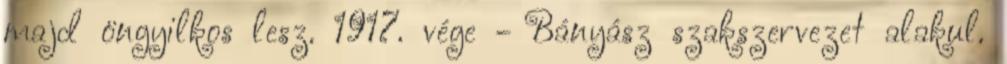
majd öngyilkos lesz. 1917. vége - Bányász szakszervezet alakul.